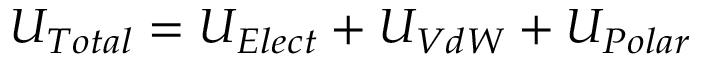
U _ { T o t a l } = U _ { E l e c t } + U _ { V d W } + U _ { P o l a r }